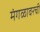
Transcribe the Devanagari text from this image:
मंगळावरची